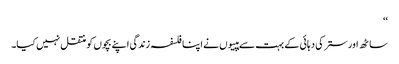
‘‘
ساٹھ اور ستر کی دہائی کے بہت سے ہپیوں نے اپنا فلسفہ زندگی اپنے بچوں کو منتقل نہیں کیا۔